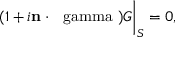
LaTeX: ( 1 + i { \bf n } \cdot \mathrm { \boldmath { ~ \ g a m m a ~ } } ) G \bigg | _ { S } = 0 ,